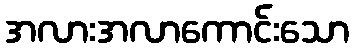
အလားအလာကောင်းသော